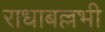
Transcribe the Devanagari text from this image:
राधाबल्लभी